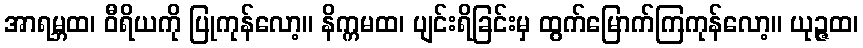
အာရမ္ဘထ၊ ဝီရိယကို ပြုကုန်လော့။ နိက္ကမထ၊ ပျင်းရိခြင်းမှ ထွက်မြောက်ကြကုန်လော့။ ယုဉ္ဇထ၊